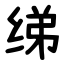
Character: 绨